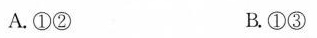
A. ①② B. ①③